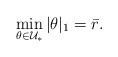
LaTeX: \begin{align*}\min_{\theta\in {\mathcal U}_{*} } |\theta|_1 = \bar r.\end{align*}